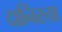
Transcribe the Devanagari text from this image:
दानिस्ता